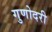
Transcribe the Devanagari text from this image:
गुणोदरी